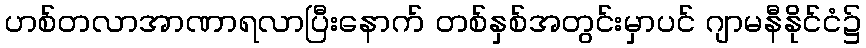
ဟစ်တလာအာဏာရလာပြီးနောက် တစ်နှစ်အတွင်းမှာပင် ဂျာမနီနိုင်ငံ၌